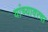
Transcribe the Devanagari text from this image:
यांच्यावरचा